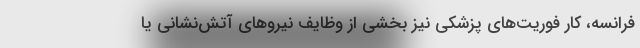
فرانسه، کار فوریت‌های پزشکی نیز بخشی از وظایف نیروهای آتش‌نشانی یا